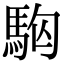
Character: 𩢛